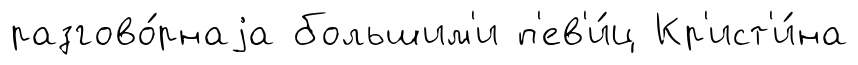
разгово́рнаjа большим'и п'ев'и́ц Кр'ист'и́на